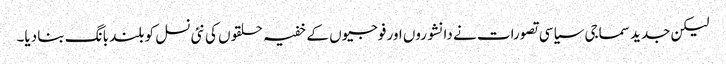
لیکن جدید سماجی سیاسی تصورات نے دانشوروں اور فوجیوں کے خفیہ حلقوں کی نئی نسل کو بلند بانگ بنا دیا۔